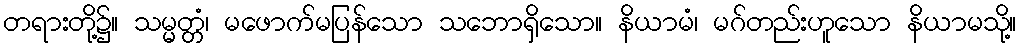
တရားတို့၌။ သမ္မတ္တံ၊ မဖောက်မပြန်သော သဘောရှိသော။ နိယာမံ၊ မဂ်တည်းဟူသော နိယာမသို့။